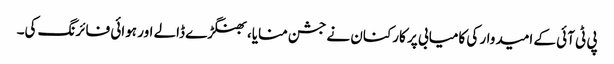
پی ٹی آئی کے امیدوار کی کامیابی پر کارکنان نے جشن منایا، بھنگڑے ڈالے اور ہوائی فائرنگ کی۔